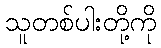
သူတစ်ပါးတို့ကို